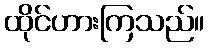
ထိုင်ဟားကြသည်။